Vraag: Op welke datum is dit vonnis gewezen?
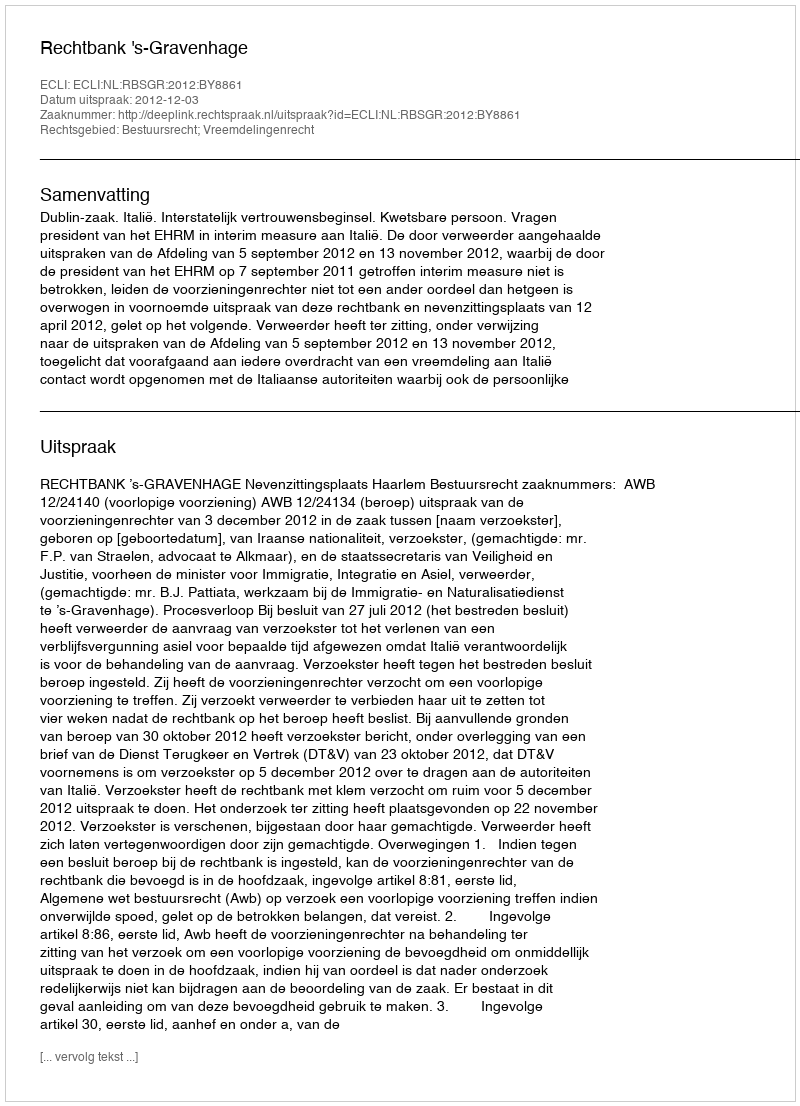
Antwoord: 2012-12-03